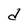
Character: d